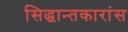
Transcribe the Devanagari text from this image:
सिद्धान्तकारांस